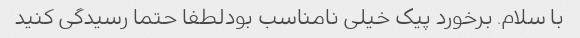
با سلام. برخورد پیک خیلی نامناسب بودلطفا حتما رسیدگی کنید